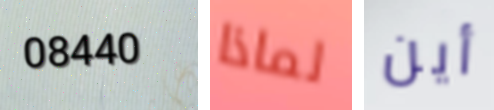
08440 لماذا أين